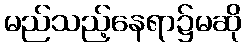
မည်သည့်နေရာ၌မဆို